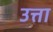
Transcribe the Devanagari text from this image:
उत्ता